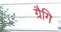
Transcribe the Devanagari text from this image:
ग्रैगि